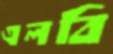
এলবি